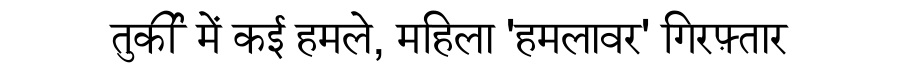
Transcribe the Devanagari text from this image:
तुर्की में कई हमले, महिला 'हमलावर' गिरफ़्तार